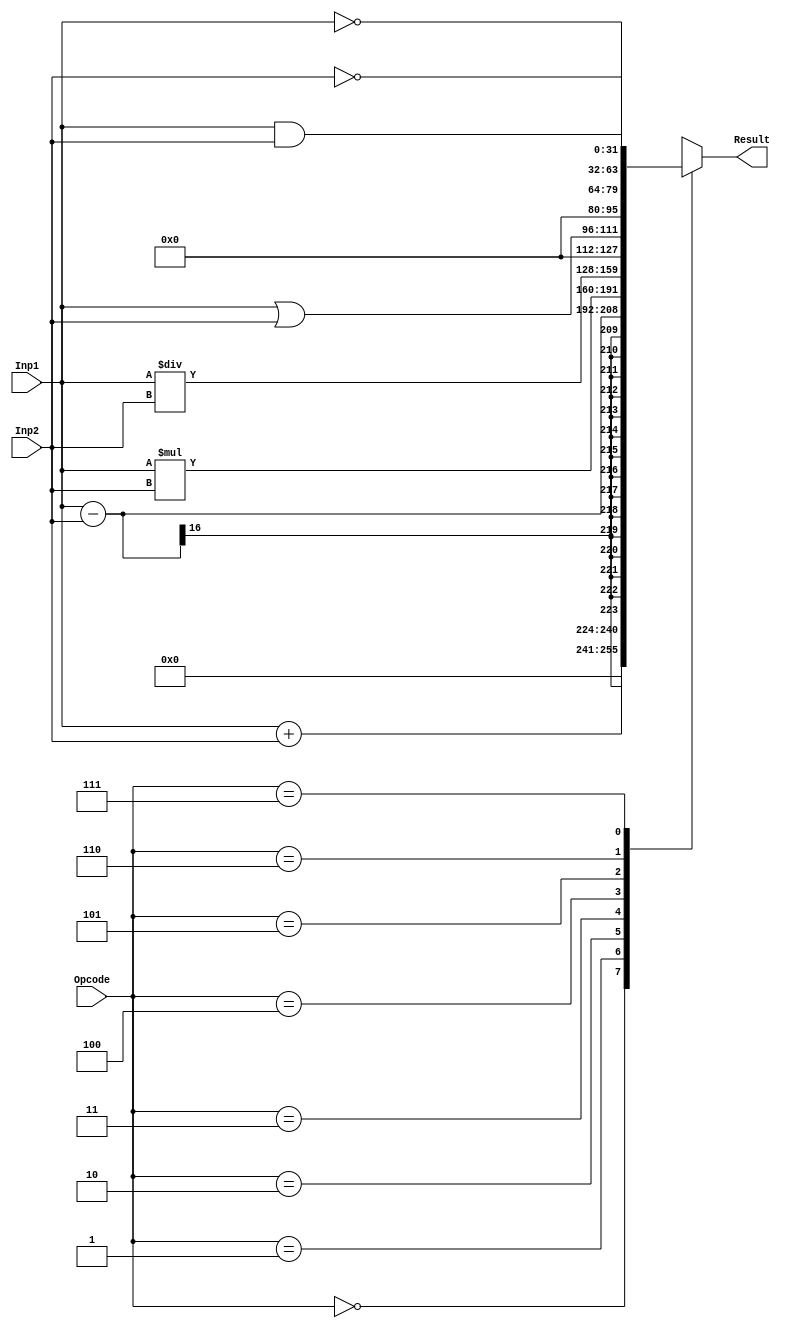
`timescale 1ns / 1ps
//////////////////////////////////////////////////////////////////////////////////
// Company: 
// Engineer: 
// 
// Design Name: 
// Module Name: alu
// Project Name: 
// Target Devices: 
// Tool Versions: 
// Description: 
// 
// Dependencies: 
// 
// Revision:
// Revision 0.01 - File Created
// Additional Comments:
// 
//////////////////////////////////////////////////////////////////////////////////


module alu(
input [15:0]Inp1,
input [15:0]Inp2,
input [2:0]Opcode,
output reg [31:0] Result

    );
    always@ (Inp1,Inp2,Opcode)
    begin
    Result= 3'bxxx;
    casex(Opcode)
// Operation : Addition { Inp1 + Inp2 }
    3'b000: Result=  Inp1 + Inp2 ;
    
// Operation : Subtraction { Inp1 - Inp2 }
    3'b001: Result=  Inp1 - Inp2;
    
// Operation : Multiplication  { Inp1 * Inp2 }
    3'b010: Result=  Inp1 * Inp2 ;
    
// Operation : Division  { Inp1 / Inp2 } 
    3'b011: Result=  Inp1 / Inp2 ;
    
// Operation : Logical OR { Inp1 | Inp2 } 
    3'b100: Result=  Inp1 | Inp2 ;
    
// Operation : Logical AND { Inp1 & Inp2 } 
    3'b101: Result=  Inp1 & Inp2 ;
    
// Operation : Logical NOT { ~ Inp1 } 
    3'b110: Result= ~Inp1 ;
    
// Operation : Logical NOT { ~ Inp2 }
    3'b111: Result= ~Inp2 ;
    
    default Result= 3'bxxx;
    endcase 
    end
endmodule